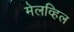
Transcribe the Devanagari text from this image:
मेलव्हिल